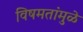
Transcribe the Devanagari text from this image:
विषमतांमुळे